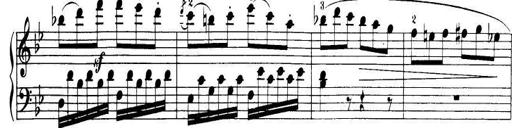
Title: 32 Sonatinas and Rondos for the Piano
Composer: Richard Kleinmichel